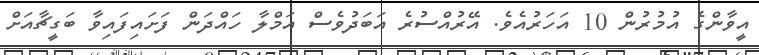
އީވާންގެ އުމުރުން 10 އަހަރުއެވެ. އޭރުއްސުރެ އަބަދުވެސް އަމްލާ ހައްދަން ފަށައިފައިވާ ބަގީޗާއަށް